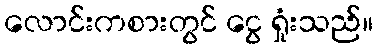
လောင်းကစားတွင် ငွေ ရှုံးသည်။